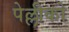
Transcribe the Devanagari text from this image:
पेल्लीको